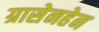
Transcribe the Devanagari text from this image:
ग्रासेनहेन